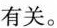
有关。